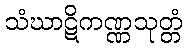
သံဃာဋိကဏ္ဏသုတ္တံ